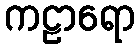
ကဠာရော